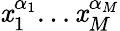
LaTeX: \mathit{x}_{1}^{\alpha_{1}}...\mathit{x}_{M}^{\alpha_{M}}